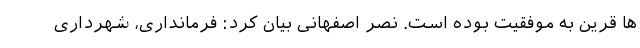
ها قرین به موفقیت بوده است. نصر اصفهانی بیان کرد: فرمانداری، شهرداری